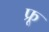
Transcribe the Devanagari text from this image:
फ्रू